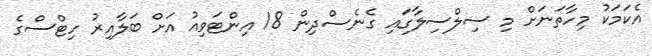
އެކަމަކު މިހާތަނަށް މި ސިލްސިލާގައި ގެނެސްދިން 18 އިންޓަވިއު އަށް ބަލާއިރު ހިޓްސްގެ